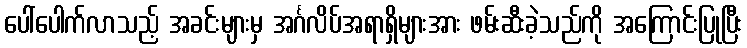
ပေါ်ပေါက်လာသည့် အခင်းများမှ အင်္ဂလိပ်အရာရှိများအား ဖမ်းဆီးခဲ့သည်ကို အကြောင်းပြုပြီး